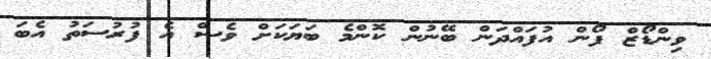
ވިންޑޯޒް ފޯން އުފައްދަން ބޭނުން ކޮންމެ ބަޔަކަށް ވެސް އެ ފުރުސަތު އެބަ